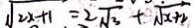
\sqrt { 2 x + 1 } = 2 \sqrt { 3 } + \sqrt { x + 2 }